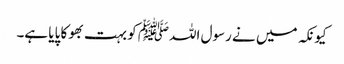
کیونکہ میں نے رسول اللہﷺ کو بہت بھوکا پایا ہے۔